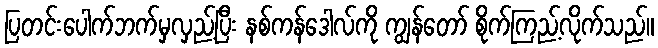
ပြတင်းပေါက်ဘက်မှလှည့်ပြီး နစ်ကန်ဒေါလ်ကို ကျွန်တော် စိုက်ကြည့်လိုက်သည်။